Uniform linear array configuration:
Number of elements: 8
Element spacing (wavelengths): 0.25
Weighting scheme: binomial
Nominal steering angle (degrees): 45
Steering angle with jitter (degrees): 44.721
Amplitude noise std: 0.05
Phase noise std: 0.05

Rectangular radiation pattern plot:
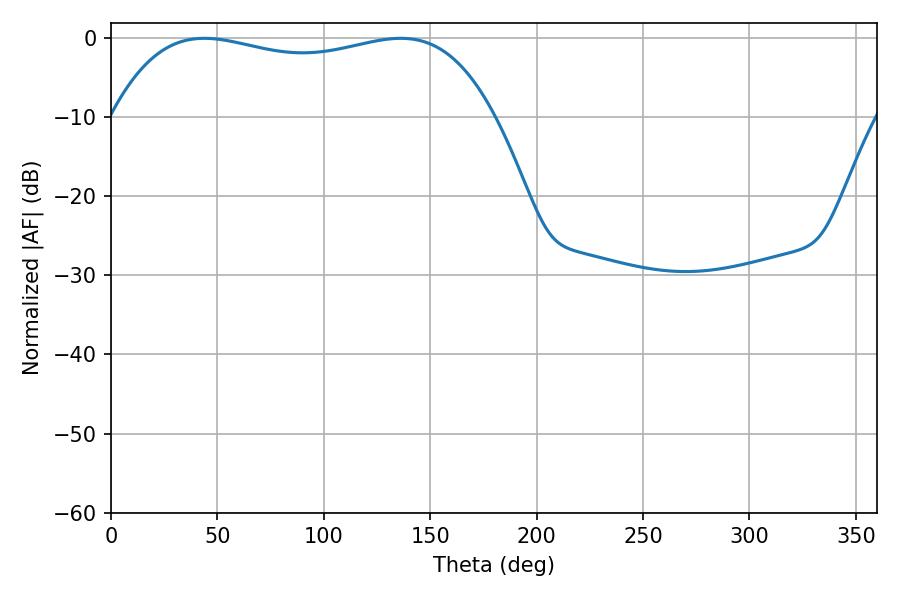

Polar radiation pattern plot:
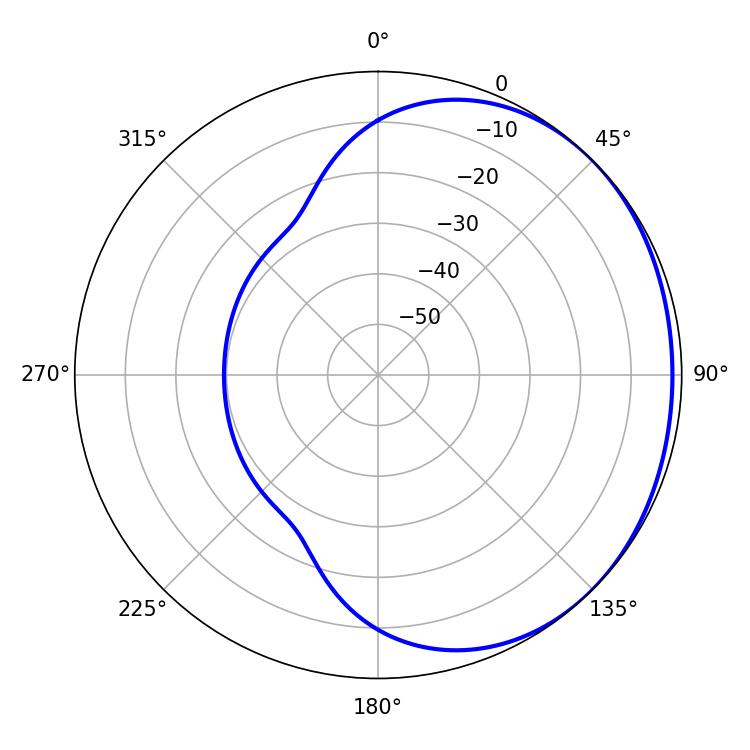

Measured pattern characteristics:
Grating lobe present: FALSE
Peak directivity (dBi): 1.033
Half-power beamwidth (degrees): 145.08
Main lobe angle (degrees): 43.92